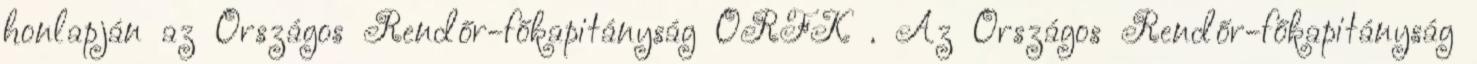
honlapján az Országos Rendőr-főkapitányság ORFK . Az Országos Rendőr-főkapitányság